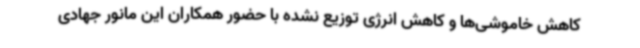
کاهش خاموشی‌ها و کاهش انرژی توزیع نشده با حضور همکاران این مانور جهادی